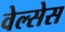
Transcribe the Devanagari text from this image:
वेल्सेस